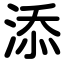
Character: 添